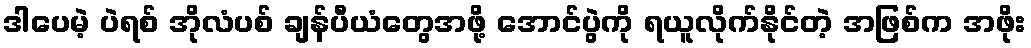
ဒါပေမဲ့ ပဲရစ် အိုလံပစ် ချန်ပီယံတွေအဖို့ အောင်ပွဲကို ရယူလိုက်နိုင်တဲ့ အဖြစ်က အဖိုး